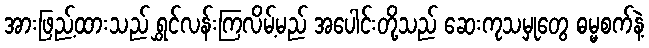
အားဖြည့်ထားသည် ရွှင်လန်းကြလိမ့်မည် အပေါင်းတို့သည် ဆေးကုသမှုတွေ ဓမ္မစက်နဲ့